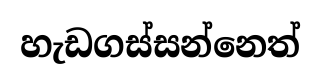
හැඩගස්සන්නෙත්